On the morphology, teratology, and diclinism of the flowers of cannabis - Number 12
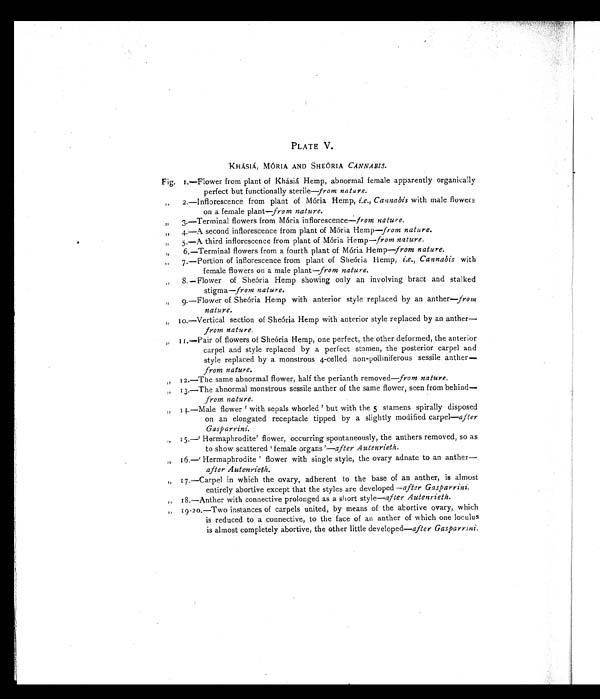
PLATE V.
KHÁSIÁ, MÓRIA AND SHEÓRIA CANNABIS.
Fig. 1.—Flower from plant of khásiá Hemp, abnormal female apparently organically
perfect but functionally sterile—from nature.
„ 2.—Inflorescence from plant of Mória Hemp, i.e., Cannabis with male flowers
on a female plant—from nature.
„ 3.—Terminal flowers from Mória inflorescence—from nature.
„ 4.—A second inflorescence from plant of Mória Hemp—from nature.
„ 5.—A third inflorescence from plant of Mória Hemp— from nature.
„ 6.—Terminal flowers from a fourth plant of Mória Hemp—from nature.
„ 7.—Portion of inflorescence from plant of Sheória Hemp, i.e., Cannabis with
female flowers on a male plant—from nature.
„ 8.—Flower of Sheória Hemp showing only an involving bract and stalked
stigma—from nature.
„ 9.—Flower of Sheória Hemp with anterior style replaced by an anther—from
nature.
„ 10.—Vertical section of Sheória Hemp with anterior style replaced by an anther
—from nature.
„ 11.—Pair of flowers of Sheória Hemp, one perfect, the other deformed, the anterior
carpel and style replaced by a perfect stamen, the posterior carpel and
style replaced by a monstrous 4-celled non-polliniferous sessile anther—
from nature.
„ 12.—The same abnormal flower, half the perianth removed—from nature.
„ 13.—The abnormal monstrous sessile anther of the same flower, seen from behind—
from nature.
„ 14.—Male flower 'with sepals whorled' but with the 5 stamens spirally disposed
on an elongated receptacle tipped by a slightly modified carpel— after
Gasparrini.
„ 15.—'Hermaphrodite' flower, occurring spontaneously, the anthers removed, so as
to show scattered 'female organs'—after Autenrieth.
„ 16.—'Hermaphrodite' flower with single style, the ovary adnate to an anther—
after Autenrieth.
„ 17.—Carpel in which the ovary, adherent to the base of an anther, is almost
entirely abortive except that the styles are developed— after Gasparrini.
„ 18.—Anther with connective prolonged as a short style— after Autenrieth.
„ 19-20.—Two instances of carpels united, by means of the abortive ovary, which
is reduced to a connective, to the face of an anther of which one loculus
is almost completely abortive, the other little developed— after Gasparrini.